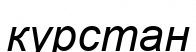
курстан